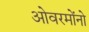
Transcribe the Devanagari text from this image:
ओवरमोंनो